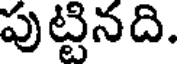
పుట్టినది.